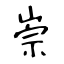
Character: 崇